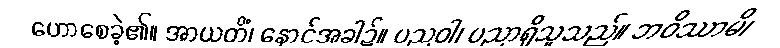
ဟောစေခဲ့၏။ အာယတိံ၊ နောင်အခါ၌။ ပညဝါ၊ ပညာရှိသူသည်။ ဘဝိဿာမိ၊